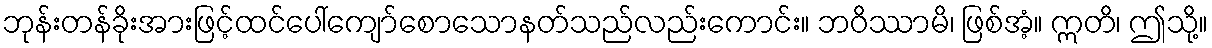
ဘုန်းတန်ခိုးအားဖြင့်ထင်ပေါ်ကျော်စောသောနတ်သည်လည်းကောင်း။ ဘဝိဿာမိ၊ ဖြစ်အံ့။ ဣတိ၊ ဤသို့။